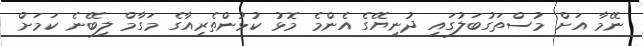
ނޭމާ އަށް މުސްތަގުބަލުގައި ދުނިޔޭގެ އެންމެ މޮޅު ކުޅުންތެރިއާގެ މަގާމް ލިބޭނެ ކަމަށް